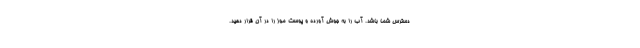
دسترس شما باشد. آب را به جوش آورده و پوست موز را در آن قرار دهید.